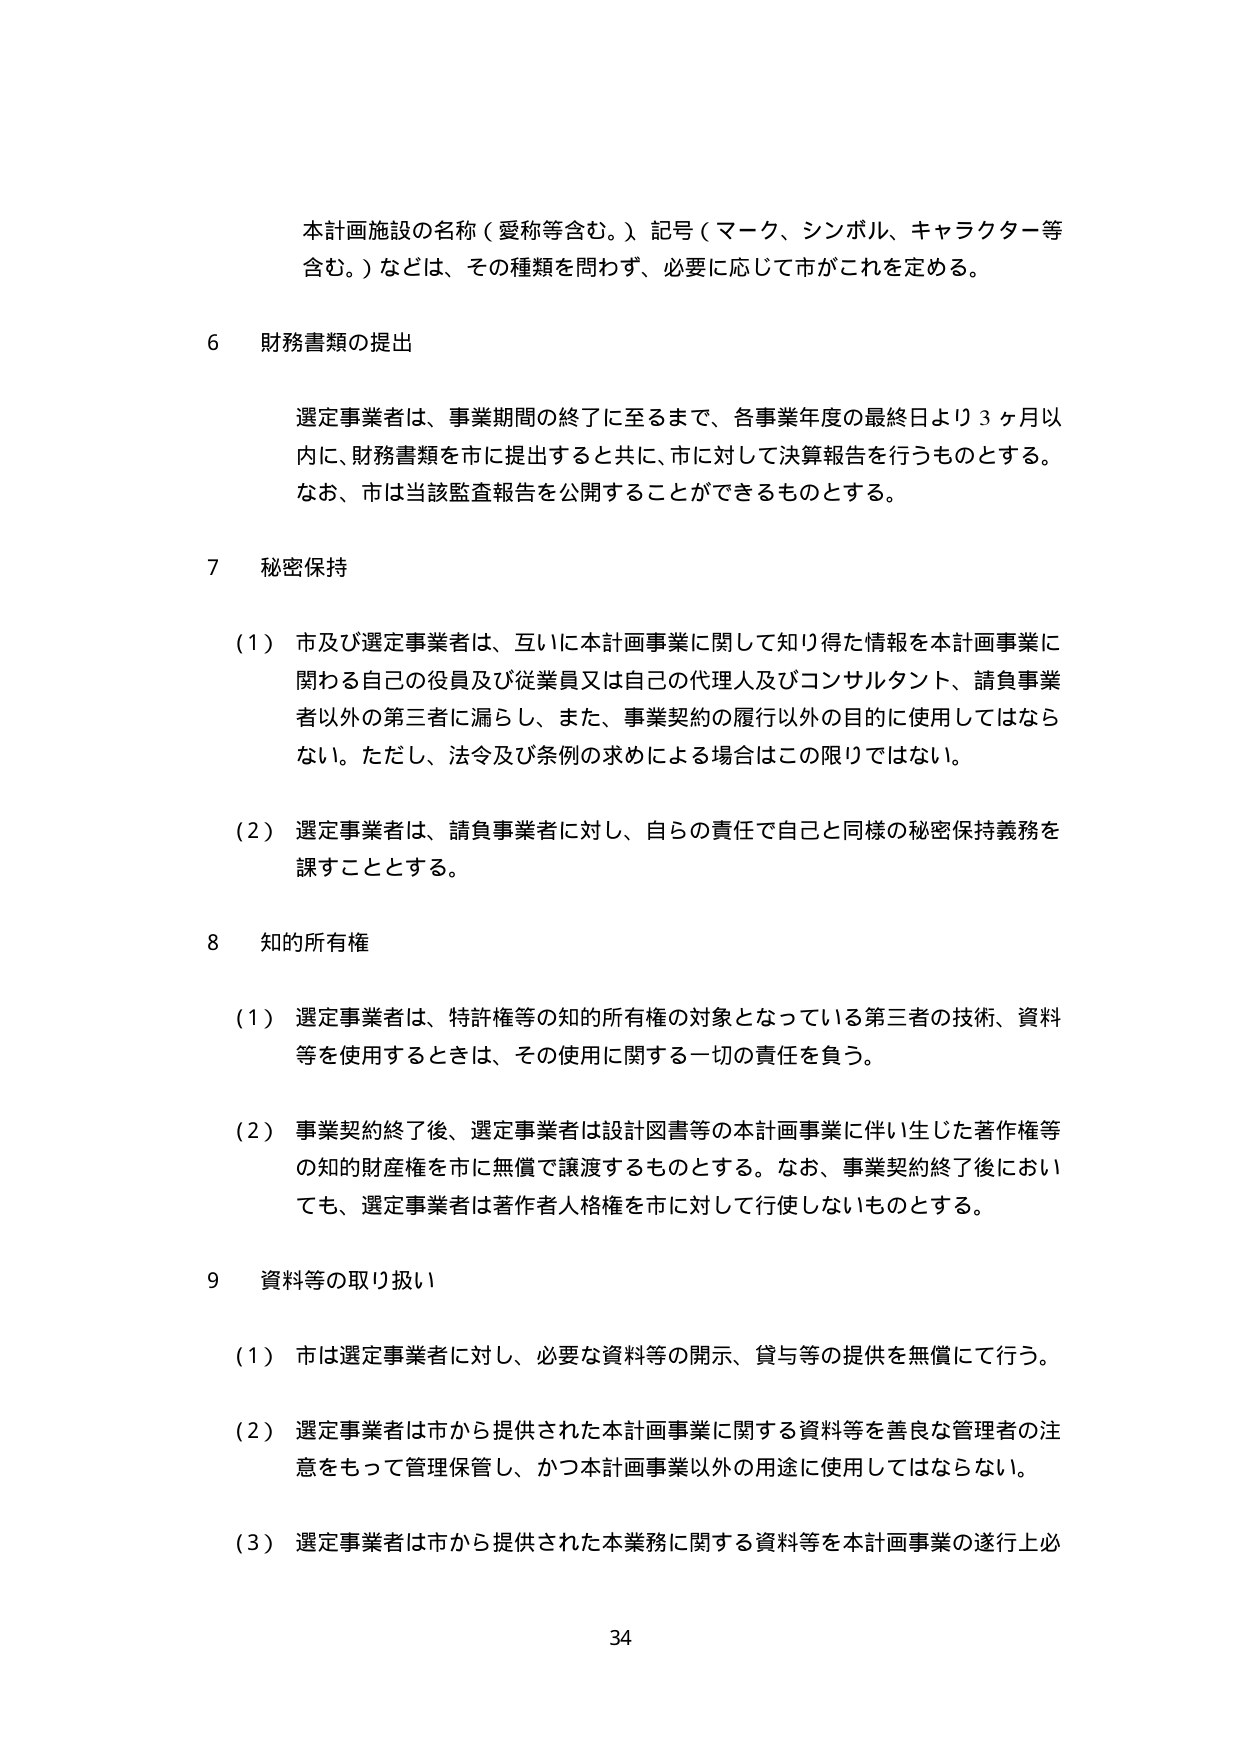
本計画施設の名称（愛称等含む。）記号（マーク、シンボル、キャラクター等含む。）などは、その種類を問わず、必要に応じて市がこれを定める。

6 財務書類の提出

選定事業者は、事業期間の終了に至るまで、各事業年度の最終日より3ヶ月以内に、財務書類を市に提出すると共に、市に対して決算報告を行うものとする。なお、市は当該監査報告を公開することができるものとする。

7 秘密保持

（1）市及び選定事業者は、互いに本計画事業に関して知り得た情報を本計画事業に関わる自分の役員及び従業員又は自分の代理人及びコンサルタント、請負事業者以外の第三者に漏らし、また、事業契約の履行以外の目的に使用してはならない。ただし、法令及び条例の求めによる場合はこの限りではない。

（2）選定事業者は、請負事業者に対し、自らの責任で自己と同様の秘密保持義務を課すこととする。

8 知的所有権

（1）選定事業者は、特許権等の知的所有権の対象となっている第三者の技術、資料等を使用するときは、その使用に関する一切の責任を負う。

（2）事業契約終了後、選定事業者は設計図書等の本計画事業に伴い生じた著作権等の知的財産権を市に無償で譲渡するものとする。なお、事業契約終了後においても、選定事業者は著作者人格権を市に対して行使しないものとする。

9 資料等の取り扱い

（1）市は選定事業者に対し、必要な資料等の開示、貸与等の提供を無償にて行う。

（2）選定事業者は市から提供された本計画事業に関する資料等を善良な管理者の注意をもって管理保管し、かつ本計画事業以外の用途に使用してはならない。

（3）選定事業者は市から提供された本業務に関する資料等を本計画事業の遂行上必

34